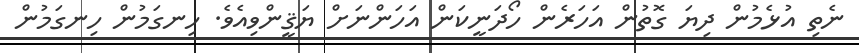
ނެތި އުޅެމުން ދިޔަ ގޮތުން އަހަރެން ހޯދަނީކަން އަހަންނަށް ޔަޤީންވިއެވެ. ހިނގަމުން ހިނގަމުން